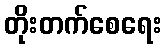
တိုးတက်စေရေး